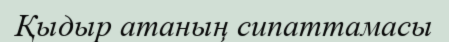
Қыдыр атаның сипаттамасы